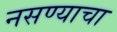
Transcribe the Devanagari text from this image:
नसण्याचा